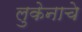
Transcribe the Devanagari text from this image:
लुकेनाचे